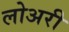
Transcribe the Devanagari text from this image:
लोअरी